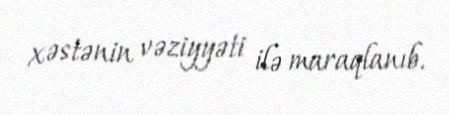
xəstənin vəziyyəti ilə maraqlanıb.